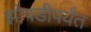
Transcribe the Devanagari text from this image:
झोपडीपर्यंत